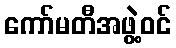
ကော်မတီအဖွဲ့ဝင်